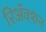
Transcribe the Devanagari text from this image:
रिअॅक्शन